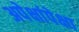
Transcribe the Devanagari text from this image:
अपेक्षांपेक्षा